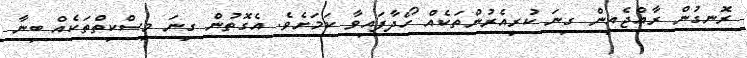
ރޮނގުން ރާއްޖެއިން ގިނަ ކުރިއެރުންތަކެއް ހޯދާފައިވާ ކަމަށެވެ. އެގޮތުން ގިނަ މިސްކިތްތަކެއް ބިނާ